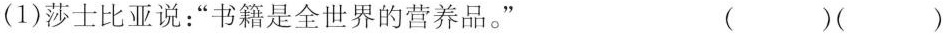
(1)莎士比亚说：“书籍是全世界的营养品。” ()()